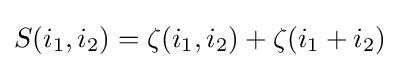
S(i_{1},i_{2})=\zeta (i_{1},i_{2})+\zeta (i_{1}+i_{2})